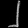
Digit: ၂